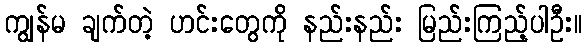
ကျွန်မ ချက်တဲ့ ဟင်းတွေကို နည်းနည်း မြည်းကြည့်ပါဦး။